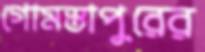
গোমস্তাপুরের